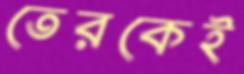
তেরকেই